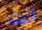
أنت